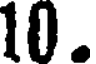
10.